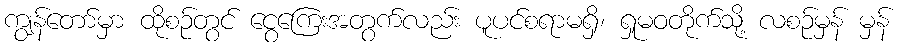
ကျွန်တော်မှာ ထိုစဉ်တွင် ငွေကြေးအတွက်လည်း ပူပင်စရာမရှိ၊ ရှုမဝတိုက်သို့ လစဉ်မှန် မှန်